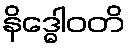
နိဒ္ဓေါဝတိ